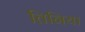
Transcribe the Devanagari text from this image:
तिनिया